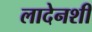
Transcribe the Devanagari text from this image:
लादेनशी